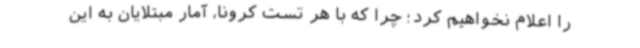
را اعلام نخواهیم کرد؛ چرا که با هر تست کرونا، آمار مبتلایان به این